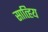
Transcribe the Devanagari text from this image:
सात्हिय